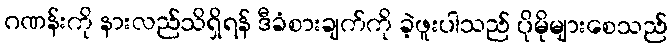
ဂဏန်းကို နားလည်သိရှိရန် ဒီခံစားချက်ကို ခဲ့ဖူးပါသည် ပိုမိုများစေသည်